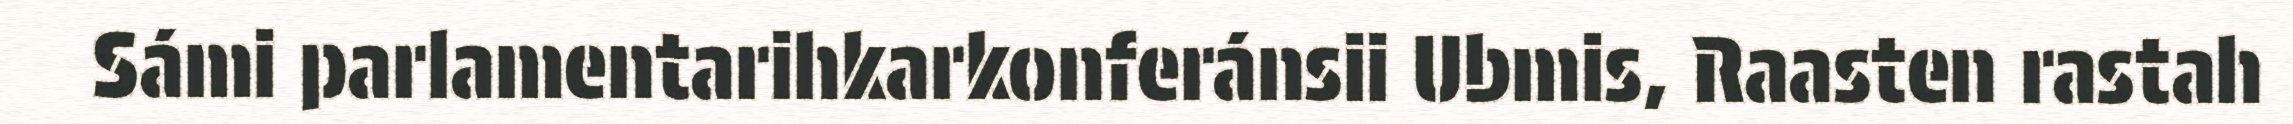
Sámi parlamentarihkarkonferánsii Ubmis, Raasten rastah